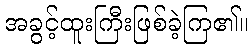
အခွင့်ထူးကြီးဖြစ်ခဲ့ကြ၏။